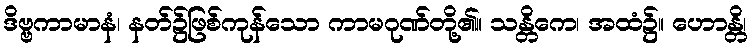
ဒိဗ္ဗကာမာနံ၊ နတ်၌ဖြစ်ကုန်သော ကာမဂုဏ်တို့၏။ သန္တိကေ၊ အထံ၌။ ဟောန္တိ၊